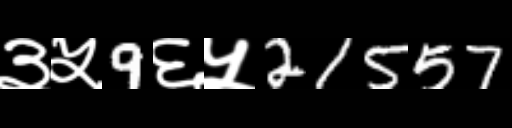
Text: ३५9६५21557